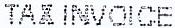
TAX INVOICE